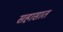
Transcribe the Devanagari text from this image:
सहासात